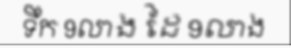
ទឹក 9លាង ដៃ 9លាង